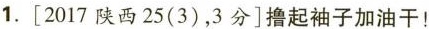
1.[2017陕西25(3)，3分]撸起袖子加油干！